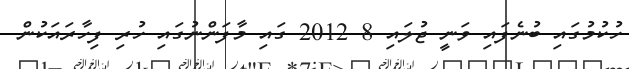
ހުކުމުގައި ބުނެފައި ވަނީ ޖުލައި 8 2012 ގައި މާފަންނުގައި ހުރި ފިހާރައަކުން